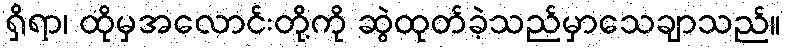
ရှိရာ၊ ထိုမှအလောင်းတို့ကို ဆွဲထုတ်ခဲ့သည်မှာသေချာသည်။